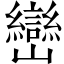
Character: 巒